Report on sanitation, dispensaries, and jails in Rajputana for 1916, and on vaccination for the year 1916-1917 - 1916-1917
Year: 1916
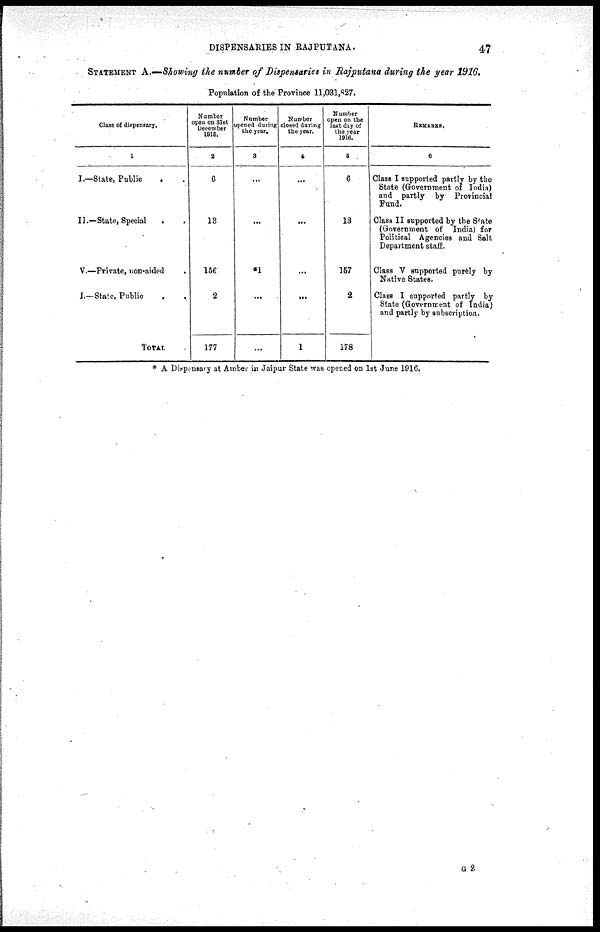
DISPENSARIES IN RAJPUTANA.
47
STATEMENT A.—Showing the number of Dispensaries in Rajputana during the year 1916.
Population of the Province 11,031,827.
Class of dispensary.
1
I.—State, Public .
II.—State, Special . .
V.—Private, non-aided .
I.—State, Public . .
TOTAL
Number
open on 31st
December
1915.
2
6
13
156
2
177
Number
opened during
the year.
3
...
...
*1
...
...
Number
closed during
the year.
4
...
...
...
...
1
Number
open on the
last day of
the year
1916.
5
6
13
157
2
178
REMARKS.
6
Class I supported partly by the
State (Government of India)
and partly by Provincial
Fund.
Class II supported by the State
(Government of India) for
Political Agencies and Salt
Department staff.
Class V supported purely by
Native States.
Class I supported partly by
State (Government of India)
and partly by subscription.
* A Dispensary at Amber in Jaipur State was opened on 1st June 1916.